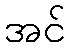
အင်